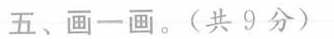
五、画一画。(共9分)